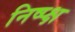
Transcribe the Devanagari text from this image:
निष्प्क्ष